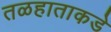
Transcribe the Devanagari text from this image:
तळहाताकडे